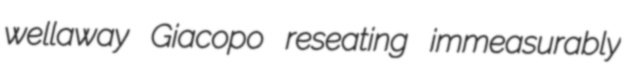
wellaway Giacopo reseating immeasurably